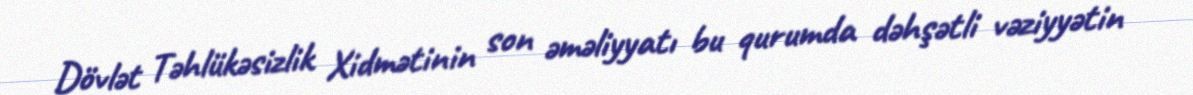
Dövlət Təhlükəsizlik Xidmətinin son əməliyyatı bu qurumda dəhşətli vəziyyətin